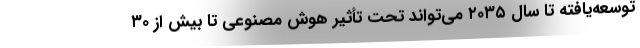
توسعه‌یافته تا سال ۲۰۳۵ می‌تواند تحت تأثیر هوش مصنوعی تا بیش از ٣٠